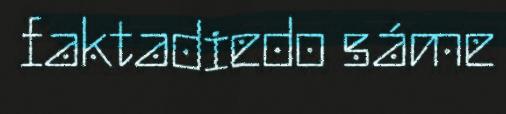
faktadiedo sáme